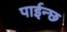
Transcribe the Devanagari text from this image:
पाईन्छ